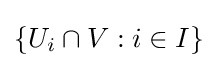
\{U_{i}\cap V:i\in I\}